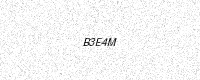
Text: B3E4M